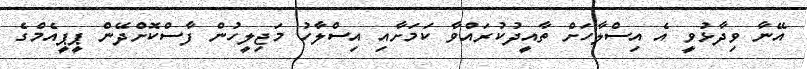
އޭނާ ވިދާޅުވީ އެ އިސްލާހަށް ތާއީދުކުރައްވާ ކަމަށާއި އިސްލާހު މަޖިލީހުން ފާސްކޮށްދޭން ޕީޕީއެމްގެ